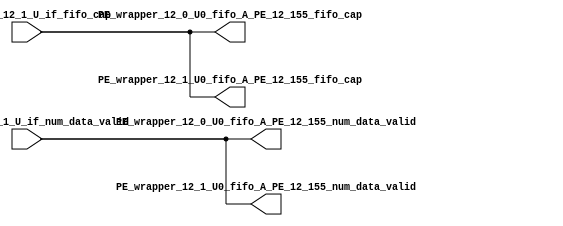
// ==================================================
// RTL generated by RapidStream
//
// Copyright 2024 RapidStream Design Automation, Inc.
// All Rights Reserved.
// ==================================================
`timescale 1 ns / 1 ps
module __rs_kernel3_aux_split_aux_114 #(
    parameter C_S_AXI_CONTROL_DATA_WIDTH  = 32,
    parameter C_S_AXI_CONTROL_ADDR_WIDTH  = 6,
    parameter C_S_AXI_DATA_WIDTH          = 32,
    parameter C_M_AXI_GMEM_A_ID_WIDTH     = 1,
    parameter C_M_AXI_GMEM_A_ADDR_WIDTH   = 64,
    parameter C_M_AXI_GMEM_A_DATA_WIDTH   = 512,
    parameter C_M_AXI_GMEM_A_AWUSER_WIDTH = 1,
    parameter C_M_AXI_GMEM_A_ARUSER_WIDTH = 1,
    parameter C_M_AXI_GMEM_A_WUSER_WIDTH  = 1,
    parameter C_M_AXI_GMEM_A_RUSER_WIDTH  = 1,
    parameter C_M_AXI_GMEM_A_BUSER_WIDTH  = 1,
    parameter C_M_AXI_GMEM_A_USER_VALUE   = 0,
    parameter C_M_AXI_GMEM_A_PROT_VALUE   = 0,
    parameter C_M_AXI_GMEM_A_CACHE_VALUE  = 3,
    parameter C_M_AXI_DATA_WIDTH          = 32,
    parameter C_M_AXI_GMEM_B_ID_WIDTH     = 1,
    parameter C_M_AXI_GMEM_B_ADDR_WIDTH   = 64,
    parameter C_M_AXI_GMEM_B_DATA_WIDTH   = 512,
    parameter C_M_AXI_GMEM_B_AWUSER_WIDTH = 1,
    parameter C_M_AXI_GMEM_B_ARUSER_WIDTH = 1,
    parameter C_M_AXI_GMEM_B_WUSER_WIDTH  = 1,
    parameter C_M_AXI_GMEM_B_RUSER_WIDTH  = 1,
    parameter C_M_AXI_GMEM_B_BUSER_WIDTH  = 1,
    parameter C_M_AXI_GMEM_B_USER_VALUE   = 0,
    parameter C_M_AXI_GMEM_B_PROT_VALUE   = 0,
    parameter C_M_AXI_GMEM_B_CACHE_VALUE  = 3,
    parameter C_M_AXI_GMEM_C_ID_WIDTH     = 1,
    parameter C_M_AXI_GMEM_C_ADDR_WIDTH   = 64,
    parameter C_M_AXI_GMEM_C_DATA_WIDTH   = 512,
    parameter C_M_AXI_GMEM_C_AWUSER_WIDTH = 1,
    parameter C_M_AXI_GMEM_C_ARUSER_WIDTH = 1,
    parameter C_M_AXI_GMEM_C_WUSER_WIDTH  = 1,
    parameter C_M_AXI_GMEM_C_RUSER_WIDTH  = 1,
    parameter C_M_AXI_GMEM_C_BUSER_WIDTH  = 1,
    parameter C_M_AXI_GMEM_C_USER_VALUE   = 0,
    parameter C_M_AXI_GMEM_C_PROT_VALUE   = 0,
    parameter C_M_AXI_GMEM_C_CACHE_VALUE  = 3,
    parameter C_S_AXI_CONTROL_WSTRB_WIDTH = 4,
    parameter C_S_AXI_WSTRB_WIDTH         = 4,
    parameter C_M_AXI_GMEM_A_WSTRB_WIDTH  = 64,
    parameter C_M_AXI_WSTRB_WIDTH         = 4,
    parameter C_M_AXI_GMEM_B_WSTRB_WIDTH  = 64,
    parameter C_M_AXI_GMEM_C_WSTRB_WIDTH  = 64
) (
    output wire [1:0] PE_wrapper_12_0_U0_fifo_A_PE_12_155_fifo_cap,
    output wire [1:0] PE_wrapper_12_0_U0_fifo_A_PE_12_155_num_data_valid,
    output wire [1:0] PE_wrapper_12_1_U0_fifo_A_PE_12_155_fifo_cap,
    output wire [1:0] PE_wrapper_12_1_U0_fifo_A_PE_12_155_num_data_valid,
    input wire  [1:0] fifo_A_PE_12_1_U_if_fifo_cap,
    input wire  [1:0] fifo_A_PE_12_1_U_if_num_data_valid
);
assign PE_wrapper_12_0_U0_fifo_A_PE_12_155_fifo_cap = fifo_A_PE_12_1_U_if_fifo_cap;
assign PE_wrapper_12_0_U0_fifo_A_PE_12_155_num_data_valid = fifo_A_PE_12_1_U_if_num_data_valid;
assign PE_wrapper_12_1_U0_fifo_A_PE_12_155_fifo_cap = fifo_A_PE_12_1_U_if_fifo_cap;
assign PE_wrapper_12_1_U0_fifo_A_PE_12_155_num_data_valid = fifo_A_PE_12_1_U_if_num_data_valid;
endmodule